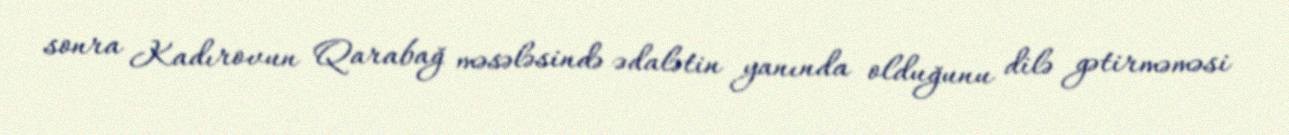
sonra Kadırovun Qarabağ məsələsində ədalətin yanında olduğunu dilə gətirməməsi